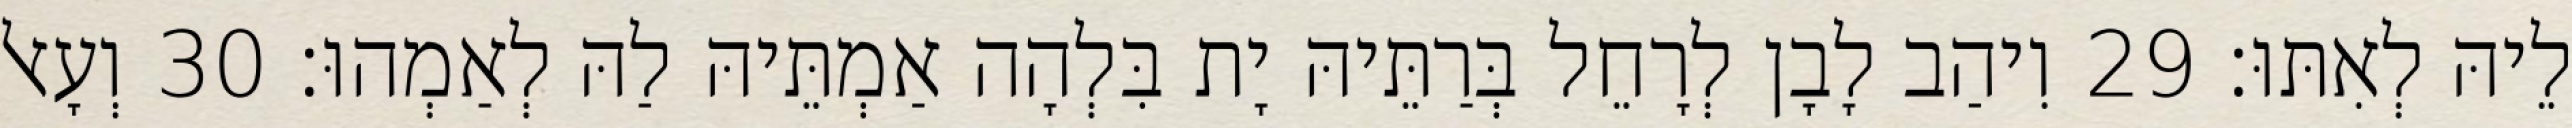
לֵיהּ לְאִתּוּ׃ 29 וִיהַב לָבָן לְרָחֵל בְּרַתֵּיהּ יָת בִּלְהָה אַמְתֵּיהּ לַהּ לְאַמְהוּ׃ 30 וְעָאל